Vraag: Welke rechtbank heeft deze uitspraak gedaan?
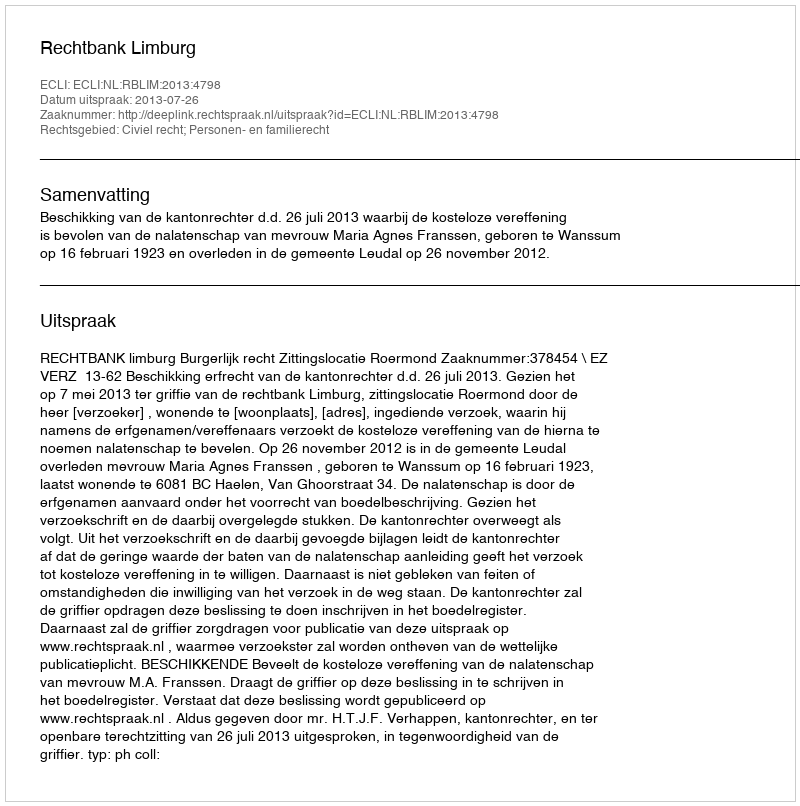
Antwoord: Rechtbank Limburg